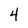
Character: 4